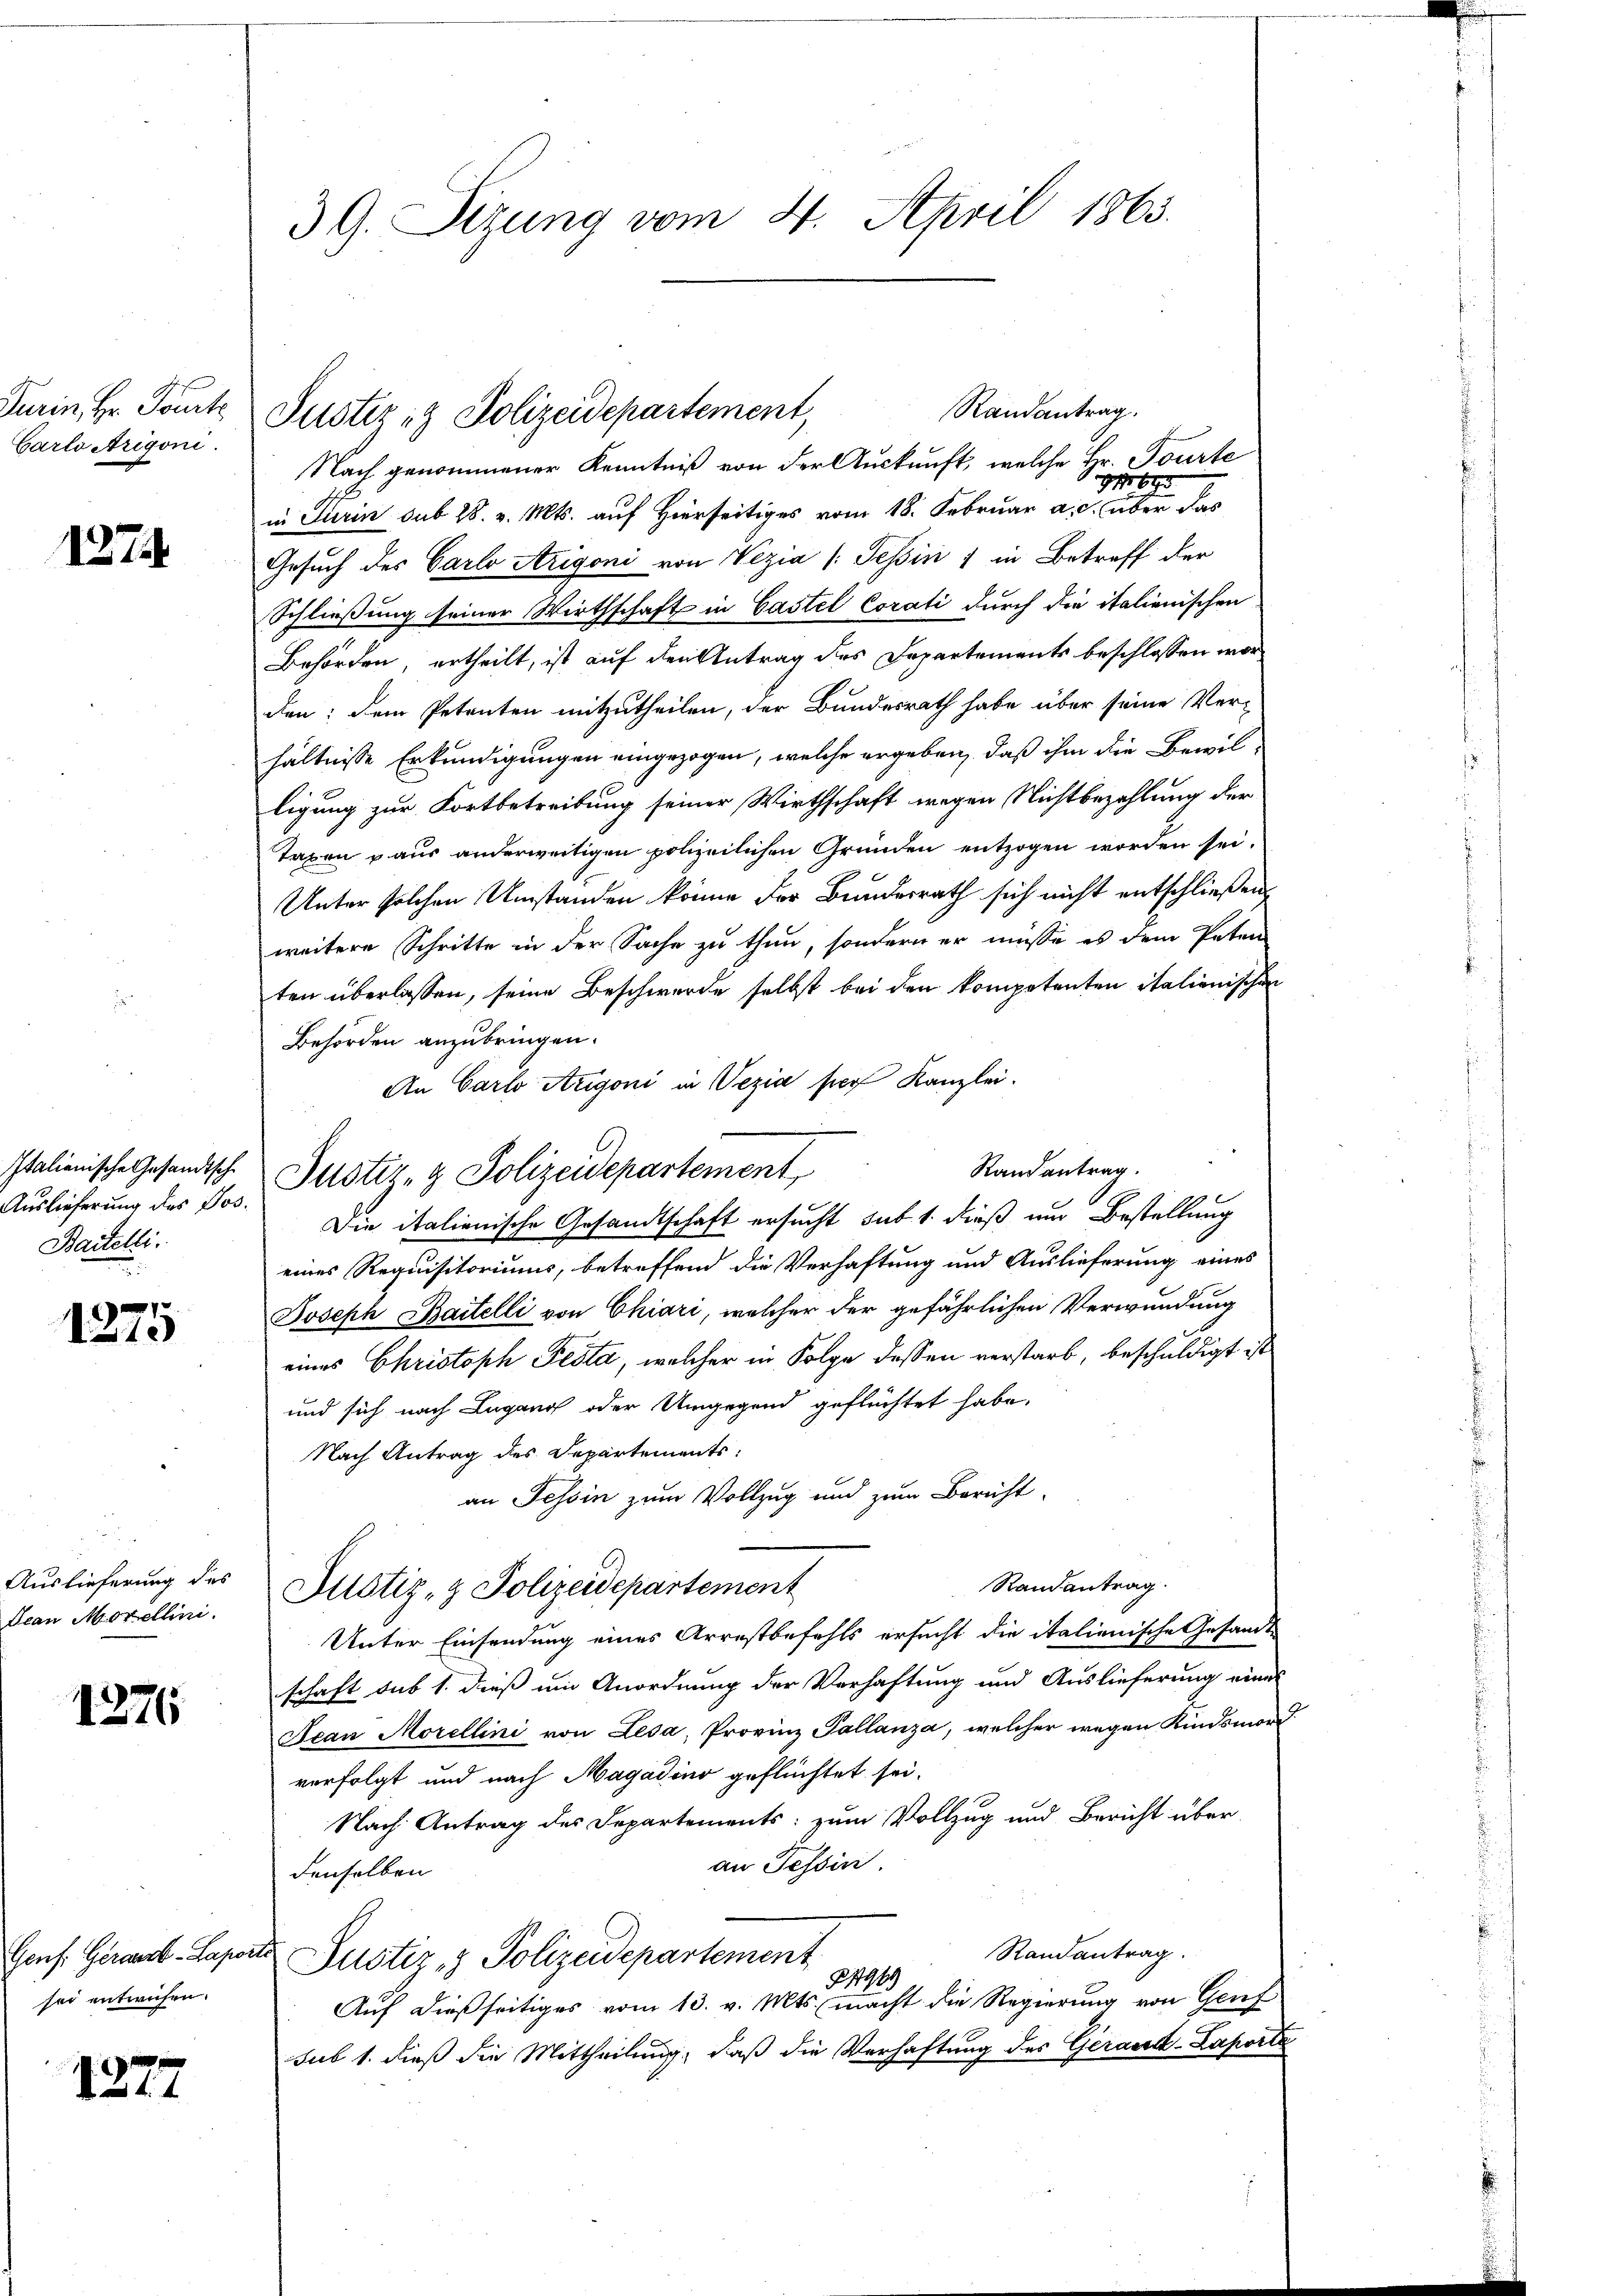
Garlo Arigoni.

1274

Auslieferung des Jos.
Baitelli

1
10

Jean Morellini

1276

sei entwichen.

1277

39. Sizung vom 4. April 1863.

Randantrag.
Nach genommener Kenntniß von der Auskunft, welche Hr. Tourte
916 x
in Turin sub 28. v. Mts. auf Hierseitiges vom 18. Februar a. c. über das
Gesuch des Carlo Arigoni von Vezia (Tessin 7 in Betreff der
Schließung seiner Wirthschaft in Castel Corati durch die italienischen
Behörden, ertheilt, ist auf den Antrag des Departements beschlossen worden; dem Petenten mitzutheilen, der Bundesrath habe über seine Verhältnisse Erkundigungen eingezogen, welche ergeben, daß ihm die Bewilligung zur Fortbetreibung seiner Wirthschaft wegen Nichtbezahlung der
Taxen aus anderweitigen polizeilichen Gründen entzogen worden sei.
Unter solchen Umstanden könne der Bundesrath sich nicht entschließen,
weitere Schritte in der Sache zu thun, sondern er müsse es dem Paten
ten überlassen, seine Beschwerde selbst bei den kompetenten italienischen
Behörden anzubringen.
An Carlo Auigoni in Wezia für Kanzlei.
Randantrag.
7 x
Die italienische Gesandtschaft ersucht sub 1. dieß um Bestellung
eines Requisitoriums, betreffend die Verhaftung und Auslieferung eines
Joseph Baitelli von Chiari, welcher der gefährlichen Verwundung
eines Christoph Pesta, welcher in Folge dessen verstarb, beschuldigt ist
und sich nach Lugang oder Umgegend geflüchtet habe.
Nach Antrag des Departements
an Tessin zum Vollzug und zum Bericht.
Randantrag.
Auslieferung des Altstiz- & Polizeidepartement
Unter Einsendung eines Arrestbefehls ersucht die italienische Gesandt
schaft sub 1. dieß um Anordnung der Verhaftung und Auslieferung einer
Jean Morellini von Lesa, Provinz Pallanza, welcher wegen Kindsmorverfolgt und nach Magadino geflüchtet sei.
Nach Antrag des Departements zum Vollzug und Bericht über
an Tessin.
denselben
Randantrag.
Genf. Gerans-Laporte Justiz & Polizeidepartement
2499
Auf dießseitiges vom 13. v. Mts. macht die Regierung von Genf
sub 1. dieß die Mittheilung, daß die Verhaftung des Gerand-Laporte

Turin, Hr. Tante Justiz- & Polizeidepartement,

Italienische Gesandtsche Justiz- & Polizeidepartement,